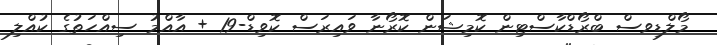
މޯލްޑިވސް ބްރޯޑްކާސްޓިން ކޮމިޝަން ކޮރޯނާ ވައިރަސް ކޮވިޑް-19 + އާއްމު ސިއްހަތުގެ ކުއްލި